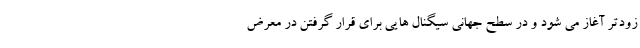
زودتر آغاز می شود و در سطح جهانی سیگنال هایی برای قرار گرفتن در معرض